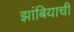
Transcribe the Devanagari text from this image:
झांबियाची